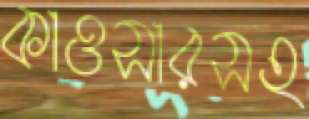
কাওসারসহ